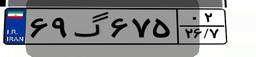
۶۹گ۶۷۵۰۲